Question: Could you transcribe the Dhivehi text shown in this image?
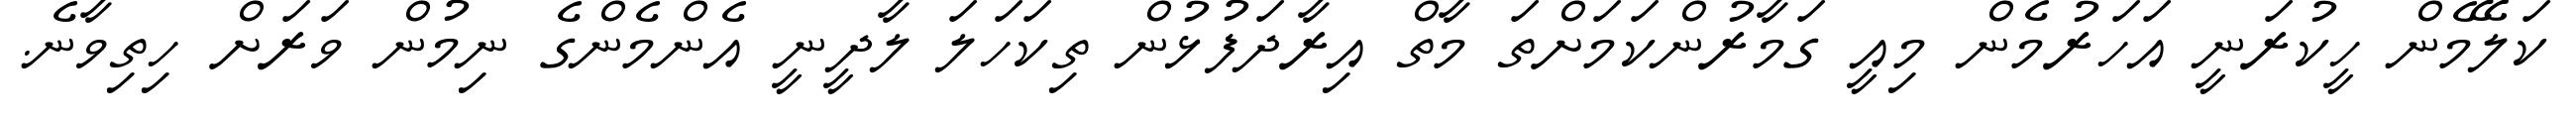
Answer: ކަލޭމެން ހީކުރަނީ އަހަރުމެން މިއީ ގަމާރުންކަމަށްތަ މާތް އިރާދަފުޅުން ތިކަހަލަ ލާދީނީ އެންމެންގެ ނިމުން ވަރަށް ހިތިވާނެ.